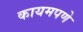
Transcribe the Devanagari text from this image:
कायमपणे